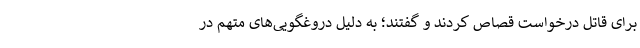
برای قاتل درخواست قصاص کردند و گفتند؛ به دلیل دروغگویی‌های متهم در